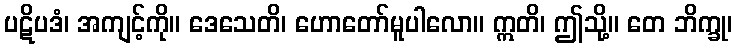
ပဋိပဒံ၊ အကျင့်ကို။ ဒေသေတိ၊ ဟောတော်မူပါလော။ ဣတိ၊ ဤသို့။ တေ ဘိက္ခု၊